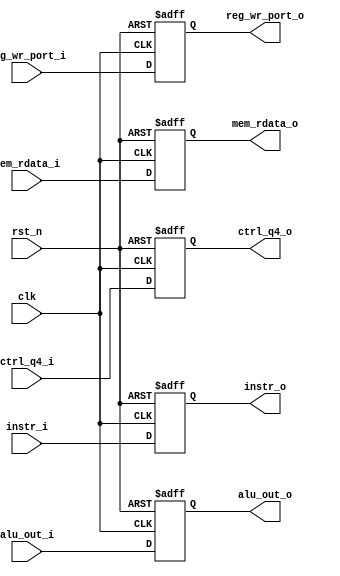
// This program was cloned from: https://github.com/matiasilva/riscv-cpu
// License: GNU General Public License v3.0

/* memory access to write-back */
module q4q5 #(
    parameter CTRL_WIDTH = 16
) (
    input                   clk,
    input                   rst_n,
    input  [          31:0] alu_out_i,
    output [          31:0] alu_out_o,
    input  [          31:0] mem_rdata_i,
    output [          31:0] mem_rdata_o,
    input  [           4:0] reg_wr_port_i,
    output [           4:0] reg_wr_port_o,
    input  [CTRL_WIDTH-1:0] ctrl_q4_i,
    output [CTRL_WIDTH-1:0] ctrl_q4_o,
    input  [          31:0] instr_i,
    output [          31:0] instr_o
);

  reg [          31:0] next_reg_wr_port;
  reg [          31:0] next_alu_out;
  reg [          31:0] next_mem_rdata;
  reg [CTRL_WIDTH-1:0] next_ctrl_q4;
  reg [          31:0] next_instr;

  always @(posedge clk or negedge rst_n) begin
    if (~rst_n) begin
      next_alu_out     <= 0;
      next_mem_rdata   <= 0;
      next_reg_wr_port <= 0;
      next_ctrl_q4     <= 0;
      next_instr       <= 32'h00000013;  //  NOP;
    end else begin
      next_alu_out     <= alu_out_i;
      next_mem_rdata   <= mem_rdata_i;
      next_reg_wr_port <= reg_wr_port_i;
      next_ctrl_q4     <= ctrl_q4_i;
      next_instr       <= instr_i;
    end
  end

  assign alu_out_o     = next_alu_out;
  assign mem_rdata_o   = next_mem_rdata;
  assign reg_wr_port_o = next_reg_wr_port;
  assign ctrl_q4_o     = next_ctrl_q4;
  assign instr_o       = next_instr;

endmodule